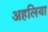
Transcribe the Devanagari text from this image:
अहलिया